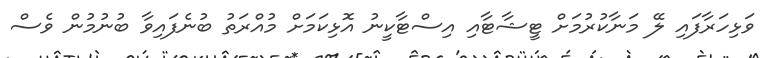
ވަޅިހަރާފައި ލޭ މަނާކުރުމަށް ޓީޝާޓާއި އިސްޓާކީނު އޮޅިކަމަށް މުއްރަތު ބުނެފައިވާ ބުނުމުން ވެސް